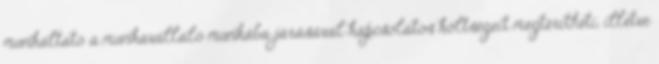
munkáltató a munkavállaló munkába járásával kapcsolatos költségeit megtérítheti, illetve